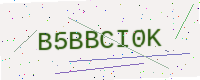
Text: B5BBCI0K